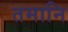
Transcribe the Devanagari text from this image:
तमानि